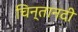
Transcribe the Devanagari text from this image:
चिन्तानदी